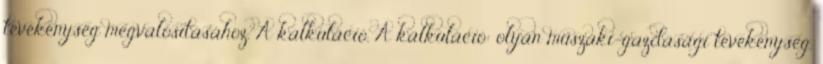
tevékenység megvalósításához, A kalkuláció. A kalkuláció: olyan műszaki-gazdasági tevékenység,